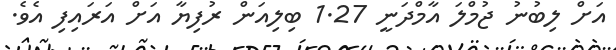
އަށް ލިބުނު ޖުމްލަ އާމްދަނީ 1.27 ބިލިއަން ރުފިޔާ އަށް އަރައިފި އެވެ.